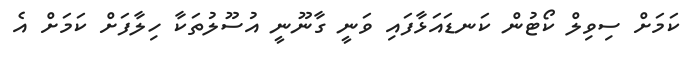
ކަމަށް ސިވިލް ކޯޓުން ކަނޑައަޅާފައި ވަނީ ގާނޫނީ އުސޫލުތަކާ ހިލާފަށް ކަމަށް އެ